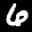
Label: 6